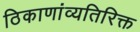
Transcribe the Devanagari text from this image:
ठिकाणांव्यतिरिक्त